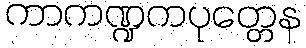
ကာကဏ္ဍကပုတ္တေန